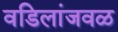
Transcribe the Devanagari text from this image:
वडिलांजवळ